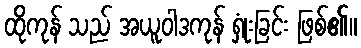
ထိုကုန် သည် အယူဝါဒကုန် ရှုံးခြင်း ဖြစ်၏။